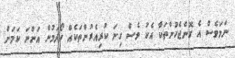
ނަމަވެސް އެ ގޮންޖެހުންތަކާ އެކު ވެސް ގިނަ ކުރިއެރުންތަކެއް ހޯދަމުން އަންނަ ކަމަށް